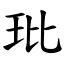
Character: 玭